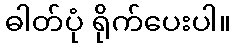
ဓါတ်ပုံ ရိုက်ပေးပါ။